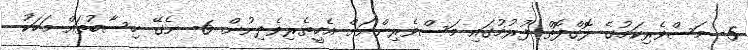
5- މަސްވެރިކަމުގެ ލޮގްފޮތް ފުރުމުގައި މަސްވެރިންނަށް އެހީތެރިވެދިނުން. 6- ނެގޭ ހިސާބުތައް މަހަކު